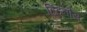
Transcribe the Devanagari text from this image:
हिंटनौस